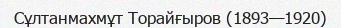
Сұлтанмахмұт Торайғыров (1893—1920)